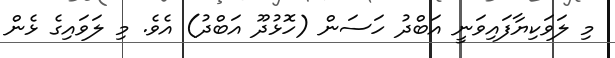
މި ލަވަކިޔާފައިވަނީ އަބްދު ހަސަން (ހޮޅުދޫ އަބްދު) އެވެ. މި ލަވައިގެ ޅެން